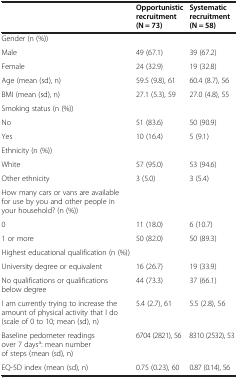
<table><thead><tr><td><b> </b></td><td><b>Opportunistic recruitment (N = 73)</b></td><td><b>Systematic recruitment (N = 58)</b></td></tr></thead><tbody><tr><td>Gender (n (%))</td><td> </td><td> </td></tr><tr><td>Male</td><td>49 (67.1)</td><td>39 (67.2)</td></tr><tr><td>Female</td><td>24 (32.9)</td><td>19 (32.8)</td></tr><tr><td>Age (mean (sd), n)</td><td>59.5 (9.8), 61</td><td>60.4 (8.7), 56</td></tr><tr><td>BMI (mean (sd), n)</td><td>27.1 (5.3), 59</td><td>27.0 (4.8), 55</td></tr><tr><td>Smoking status (n (%))</td><td> </td><td> </td></tr><tr><td>No</td><td>51 (83.6)</td><td>50 (90.9)</td></tr><tr><td>Yes</td><td>10 (16.4)</td><td>5 (9.1)</td></tr><tr><td>Ethnicity (n (%))</td><td> </td><td> </td></tr><tr><td>White</td><td>57 (95.0)</td><td>53 (94.6)</td></tr><tr><td>Other ethnicity</td><td>3 (5.0)</td><td>3 (5.4)</td></tr><tr><td>How many cars or vans are available for use by you and other people in your household? (n (%))</td><td> </td><td> </td></tr><tr><td>0</td><td>11 (18.0)</td><td>6 (10.7)</td></tr><tr><td>1 or more</td><td>50 (82.0)</td><td>50 (89.3)</td></tr><tr><td>Highest educational qualification (n (%))</td><td> </td><td> </td></tr><tr><td>University degree or equivalent</td><td>16 (26.7)</td><td>19 (33.9)</td></tr><tr><td>No qualifications or qualifications below degree</td><td>44 (73.3)</td><td>37 (66.1)</td></tr><tr><td>I am currently trying to increase the amount of physical activity that I do (scale of 0 to 10; mean (sd), n)</td><td>5.4 (2.7), 61</td><td>5.5 (2.8), 56</td></tr><tr><td>Baseline pedometer readings over 7 days<sup>a</sup>: mean number of steps (mean (sd), n)</td><td>6704 (2821), 56</td><td>8310 (2532), 53</td></tr><tr><td>EQ-5D index (mean (sd), n)</td><td>0.75 (0.23), 60</td><td>0.87 (0.14), 56</td></tr></tbody></table>